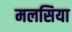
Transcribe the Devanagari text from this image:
मलसिया